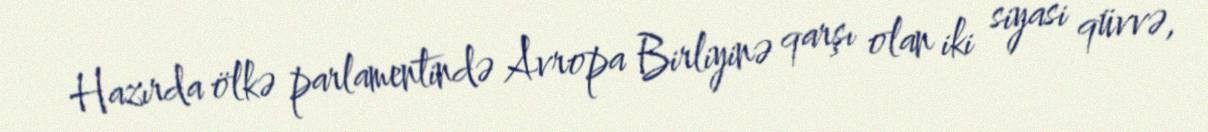
Hazırda ölkə parlamentində Avropa Birliyinə qarşı olan iki siyasi qüvvə,